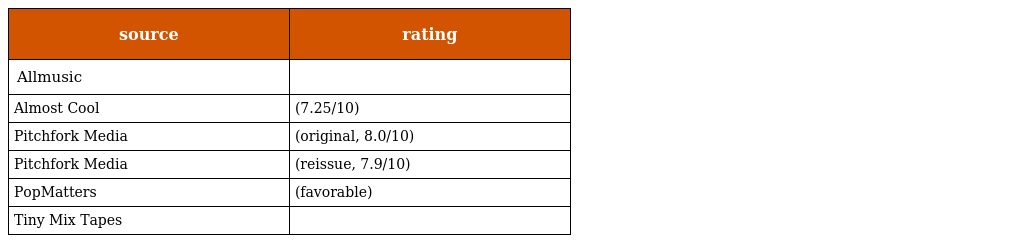
| source | rating |
 | --- | --- |
 | Allmusic |  |
 | Almost Cool | (7.25/10) |
 | Pitchfork Media | (original, 8.0/10) |
 | Pitchfork Media | (reissue, 7.9/10) |
 | PopMatters | (favorable) |
 | Tiny Mix Tapes |  |